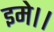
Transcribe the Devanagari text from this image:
इमे।।